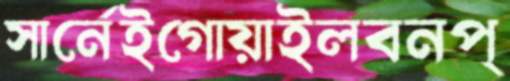
সার্নেইগোয়াইলবনপ্